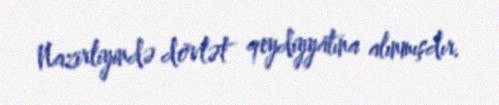
Nazirliyində dövlət qeydiyyatına alınmışdır.